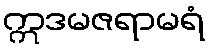
ဣဒမဇရာမရံ